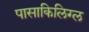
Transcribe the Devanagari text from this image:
पासाकिलिग्ल